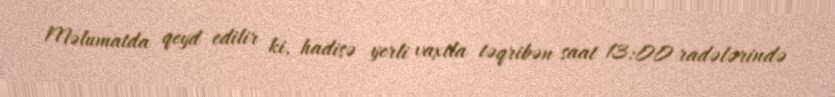
Məlumatda qeyd edilir ki, hadisə yerli vaxtla təqribən saat 13:00 radələrində